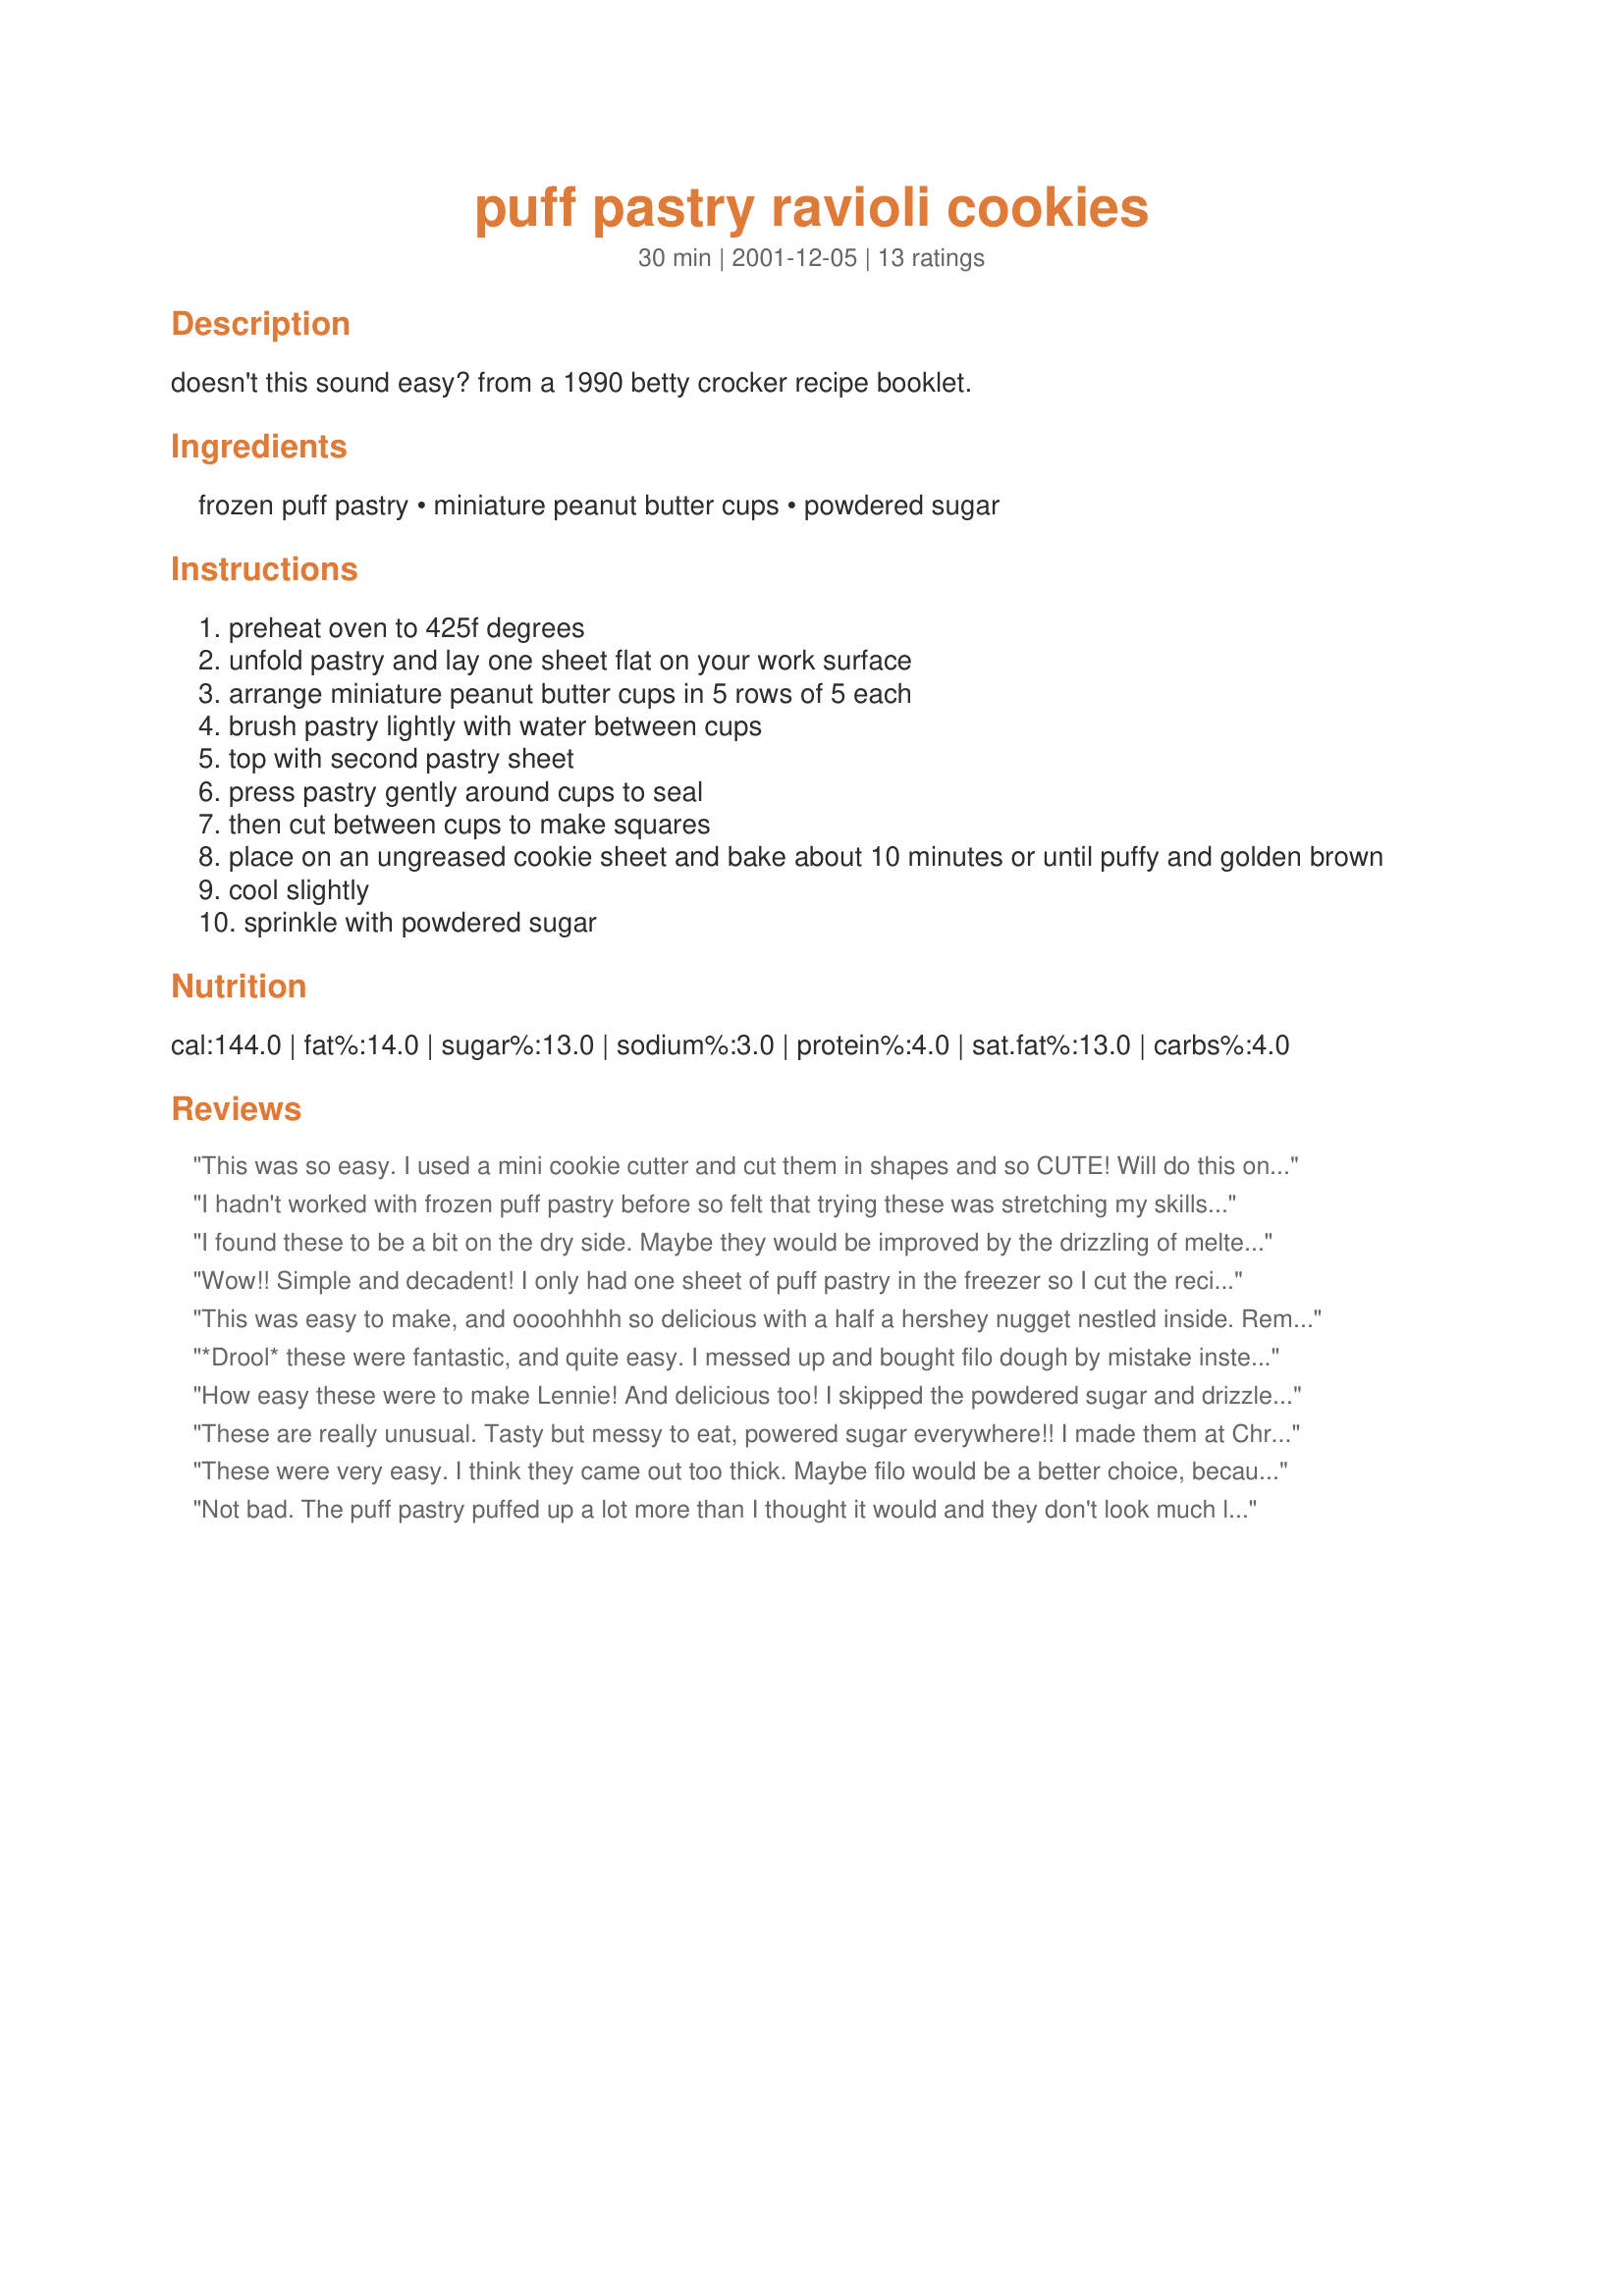
puff pastry ravioli cookies
Preparation time: 30 minutes

doesn't this sound easy? from a 1990 betty crocker recipe booklet.

Ingredients:
frozen puff pastry, miniature peanut butter cups, powdered sugar

Steps:
preheat oven to 425f degrees
unfold pastry and lay one sheet flat on your work surface
arrange miniature peanut butter cups in 5 rows of 5 each
brush pastry lightly with water between cups
top with second pastry sheet
press pastry gently around cups to seal
then cut between cups to make squares
place on an ungreased cookie sheet and bake about 10 minutes or until puffy and golden brown
cool slightly
sprinkle with powdered sugar

Reviews:
This was so easy. I used a mini cookie cutter and cut them in shapes and so CUTE! Will do this one again. I filled mine with a piece of a chocolate bar, 2 mini marshmallows(cut into small pieces),chopped nuts,
I hadn't worked with frozen puff pastry before so felt that trying these was stretching my skills. However, they were the easiest cookies to make. They were definitely enjoyed by everyone who ate them.
I found these to be a bit on the dry side. Maybe they would be improved by the drizzling of melted chocolate on top?
Wow!! Simple and decadent! I only had one sheet of puff pastry in the freezer so I cut the recipe in less than half because of the dimentions (10 cookies). I laid the top sheet on and without pressing between the Reece's Cups cut them with a pizza cutter and then pinched the edges together. It worked perfectly!! I finished them with a combination of powdered sugar and drizzled chocolate. I also baked about 12 minutes.
This was easy to make, and oooohhhh so delicious with a half a hershey nugget nestled inside. Remeniscient of French chocolate croissants!! We rolled the pastry out thinner, and used our 70's vintage ravioli press. Make sure you wet the pastry, otherwise it won't stick. Also - caramels were not a good choice, as when they are melted, they are quite liquid-y and most of it leaked out. Will definitely make these again...and again...and again...
*Drool* these were fantastic, and quite easy. I messed up and bought filo dough by mistake instead of puff pastry, but with Lennie's help was able to salvage. I layered three sheets of filo (buttered lightly between each sheet), set out my pb cups, topped with another three sheets of buttered phylo. They took a bit more folding and pinching to get them to stick together, but they did in fact look just like little raviolis. They only took about 7 minutes to bake as well, so keep an eye on them if you're using filo dough. I gave a little bag of them as a housewarming gift and the general consensus was that I should sell bags of them for lots of money. Oh, if only they knew how simple these were (wink). Thanks Lennie, these will definitely get made over and over again.
How easy these were to make Lennie! And delicious too! I skipped the powdered sugar and drizzled melted chocolate over the top instead. Very nice addition to the Christmas goody trays! I got 25 per batch, and didn't find them overly big at all. One hint: I used a chopstick to press the pastry between the pb cups (step #6) and then cut them with my pizza cutter, and pressed edges with my fingers if they weren't completely sealed. Very easy! And they look like you spent much more than 10 minutes on them! Thanks!
These are really unusual. Tasty but messy to eat, powered sugar everywhere!! I made them at Christmas and found them a little too large for my cookie trays. Mine were almost 2 inches tall. They were the giants on the plates.
These were very easy. I think they came out too thick. Maybe filo would be a better choice, because then I could control how thick they are.
Not bad. The puff pastry puffed up a lot more than I thought it would and they don't look much like raviolis once cooked. I used hershey's mint minis in dark, milk, and white chocolate for Christmas, and they were very tasty!
These were much easier to make than I initially thought they would be!! I used Chocolate Chewy Caramels instead of Minature Peanut Butter Cups - only because I couldn't find the latter to buy anywhere.

They really went down a treat! Thanks for suggesting this recipe to me! It's a keeper, for sure!
WOW!! This recipe is wonderful!! I only had 16 ravioli instead of 24 - but that is probably due to my inexperience using puff pastry. I let mine cook for 12 minutes - they were nice and golden by then. This is a definite keeper!! I was going to take them to school on Monday, but I don't think they'll last that long! =) Thanks Lennie!!
I can't believe how easy and good these are!!!! I used bite-sized Milkey Way candy bars in the ones I made and they were fantastic. Thank you Lennie, I'm so glad you found that great estate sale, I am definitely reaping th benefits.
